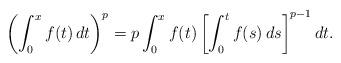
LaTeX: \begin{align*} \left( \int_0^x f(t) \, dt \right)^p = p \int_0^x f(t) \left [ \int_0^t f(s) \,ds \right]^{p-1} dt.\end{align*}